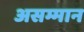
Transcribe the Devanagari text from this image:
असम्मान